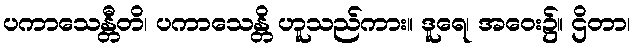
ပကာသေန္တီတိ၊ ပကာသေန္တိ ဟူသည်ကား။ ဒူရေ၊ အဝေး၌။ ဌိတာ၊